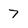
Character: 7